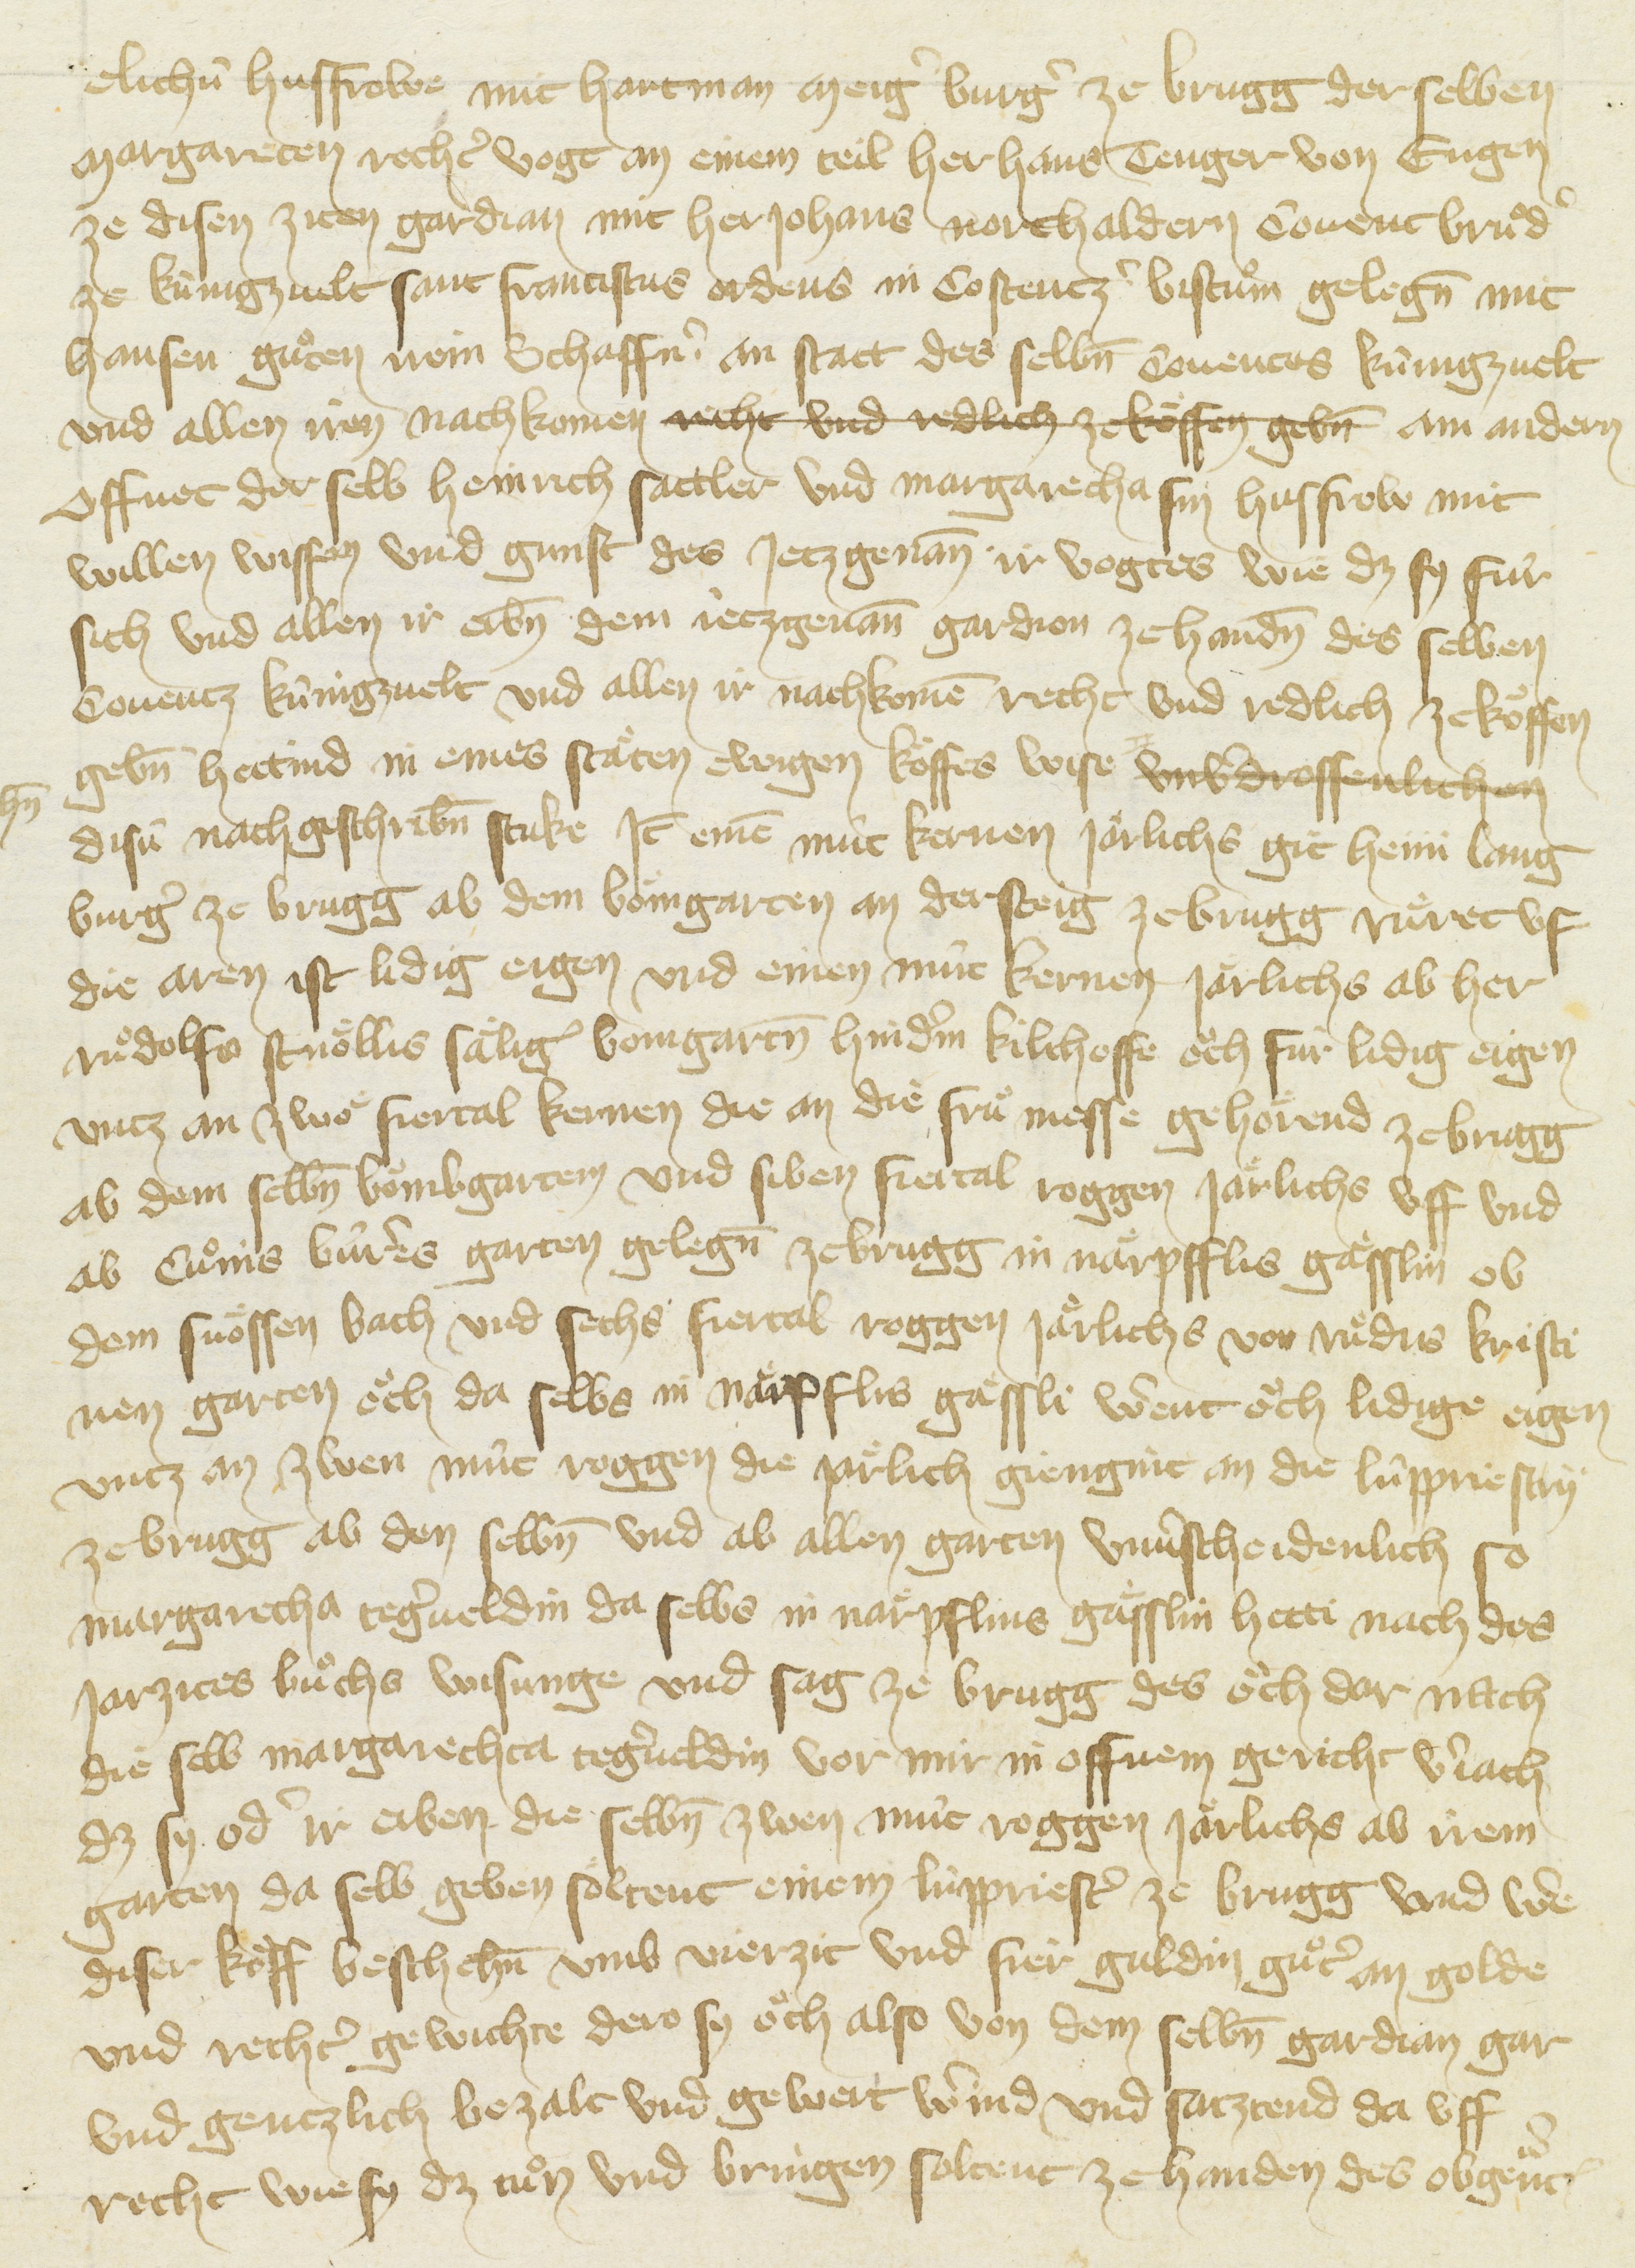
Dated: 1416–1418